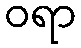
ဝရာ